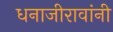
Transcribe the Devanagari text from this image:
धनाजीरावांनी